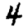
Digit: 4